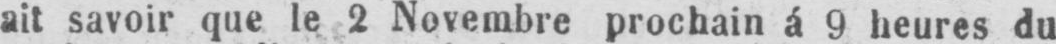
ait savoir que le 2 Novembre prochain á 9 heures du